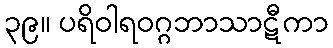
၃၉။ ပရိဝါရဝဂ္ဂဘာသာဋီကာ